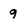
Character: 9